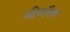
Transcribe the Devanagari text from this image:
ग्रीनबैक